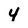
Character: 4